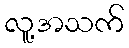
လူ့အသက်